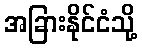
အခြားနိုင်ငံသို့